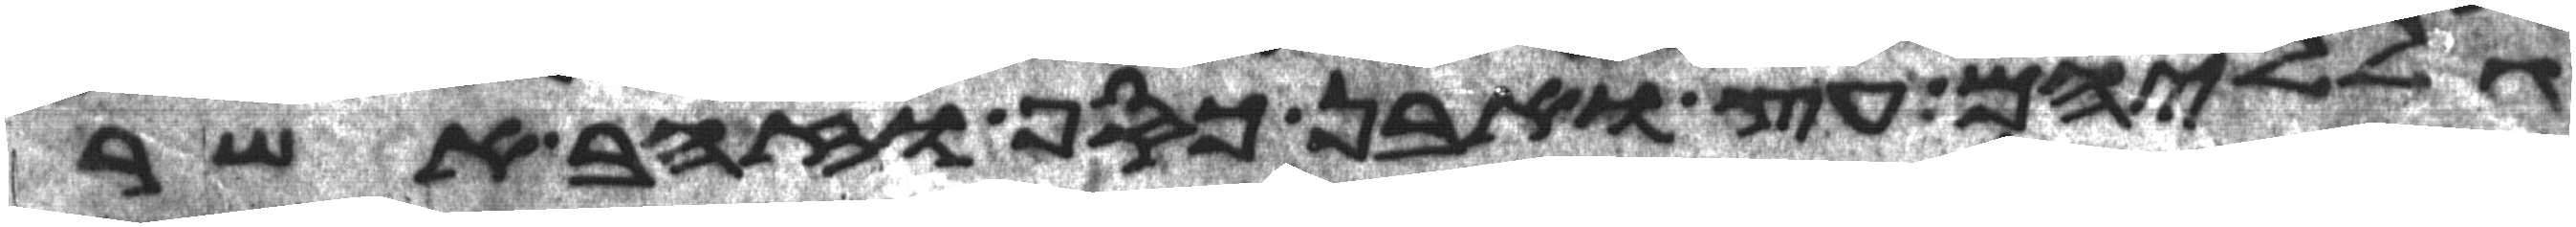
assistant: גלליהם עץ ואבן כסף וזהב אשר